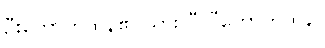
ဦးတောက်ထိန်၏ သား ဝီလီတောက်ထိန်။